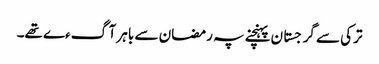
ترکی سے گرجستان پہنچنے پہ رمضان سے باہر آگءے تھے۔